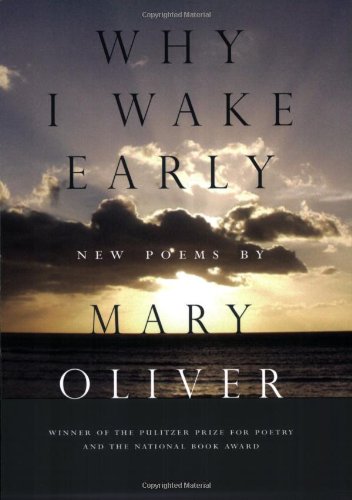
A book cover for Why I Wake Early: New Poems; Mary Oliver; Literature & Fiction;